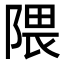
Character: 隈